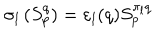
LaTeX: \sigma _ { l } \left( S _ { p } ^ { q } \right) = \varepsilon _ { l } ( q ) S _ { p } ^ { \pi _ { l } q }